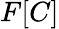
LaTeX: F[C]